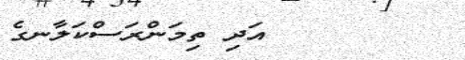
٥٢        އަދި ތިމަންރަސްކަލާނގެ